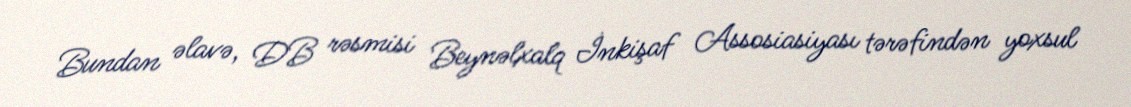
Bundan əlavə, DB rəsmisi Beynəlxalq İnkişaf Assosiasiyası tərəfindən yoxsul